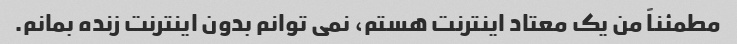
مطمئناً من یک معتاد اینترنت هستم، نمی توانم بدون اینترنت زنده بمانم.